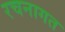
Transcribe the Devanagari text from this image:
रचनागत